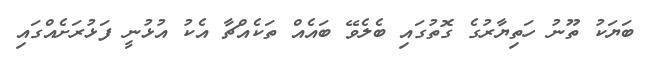
ބަޔަކު ތޫނު ހަތިޔާރުގެ ގޮތުގައި ބެލެވޭ ބައެއް ތަކެއްޗާ އެކު އުޅުނީ ފަޅުރަށެއްގައި